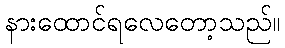
နားထောင်ရလေတော့သည်။